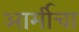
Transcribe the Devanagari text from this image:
आर्मीचा